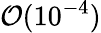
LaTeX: \mathcal{O}(10^{-4})